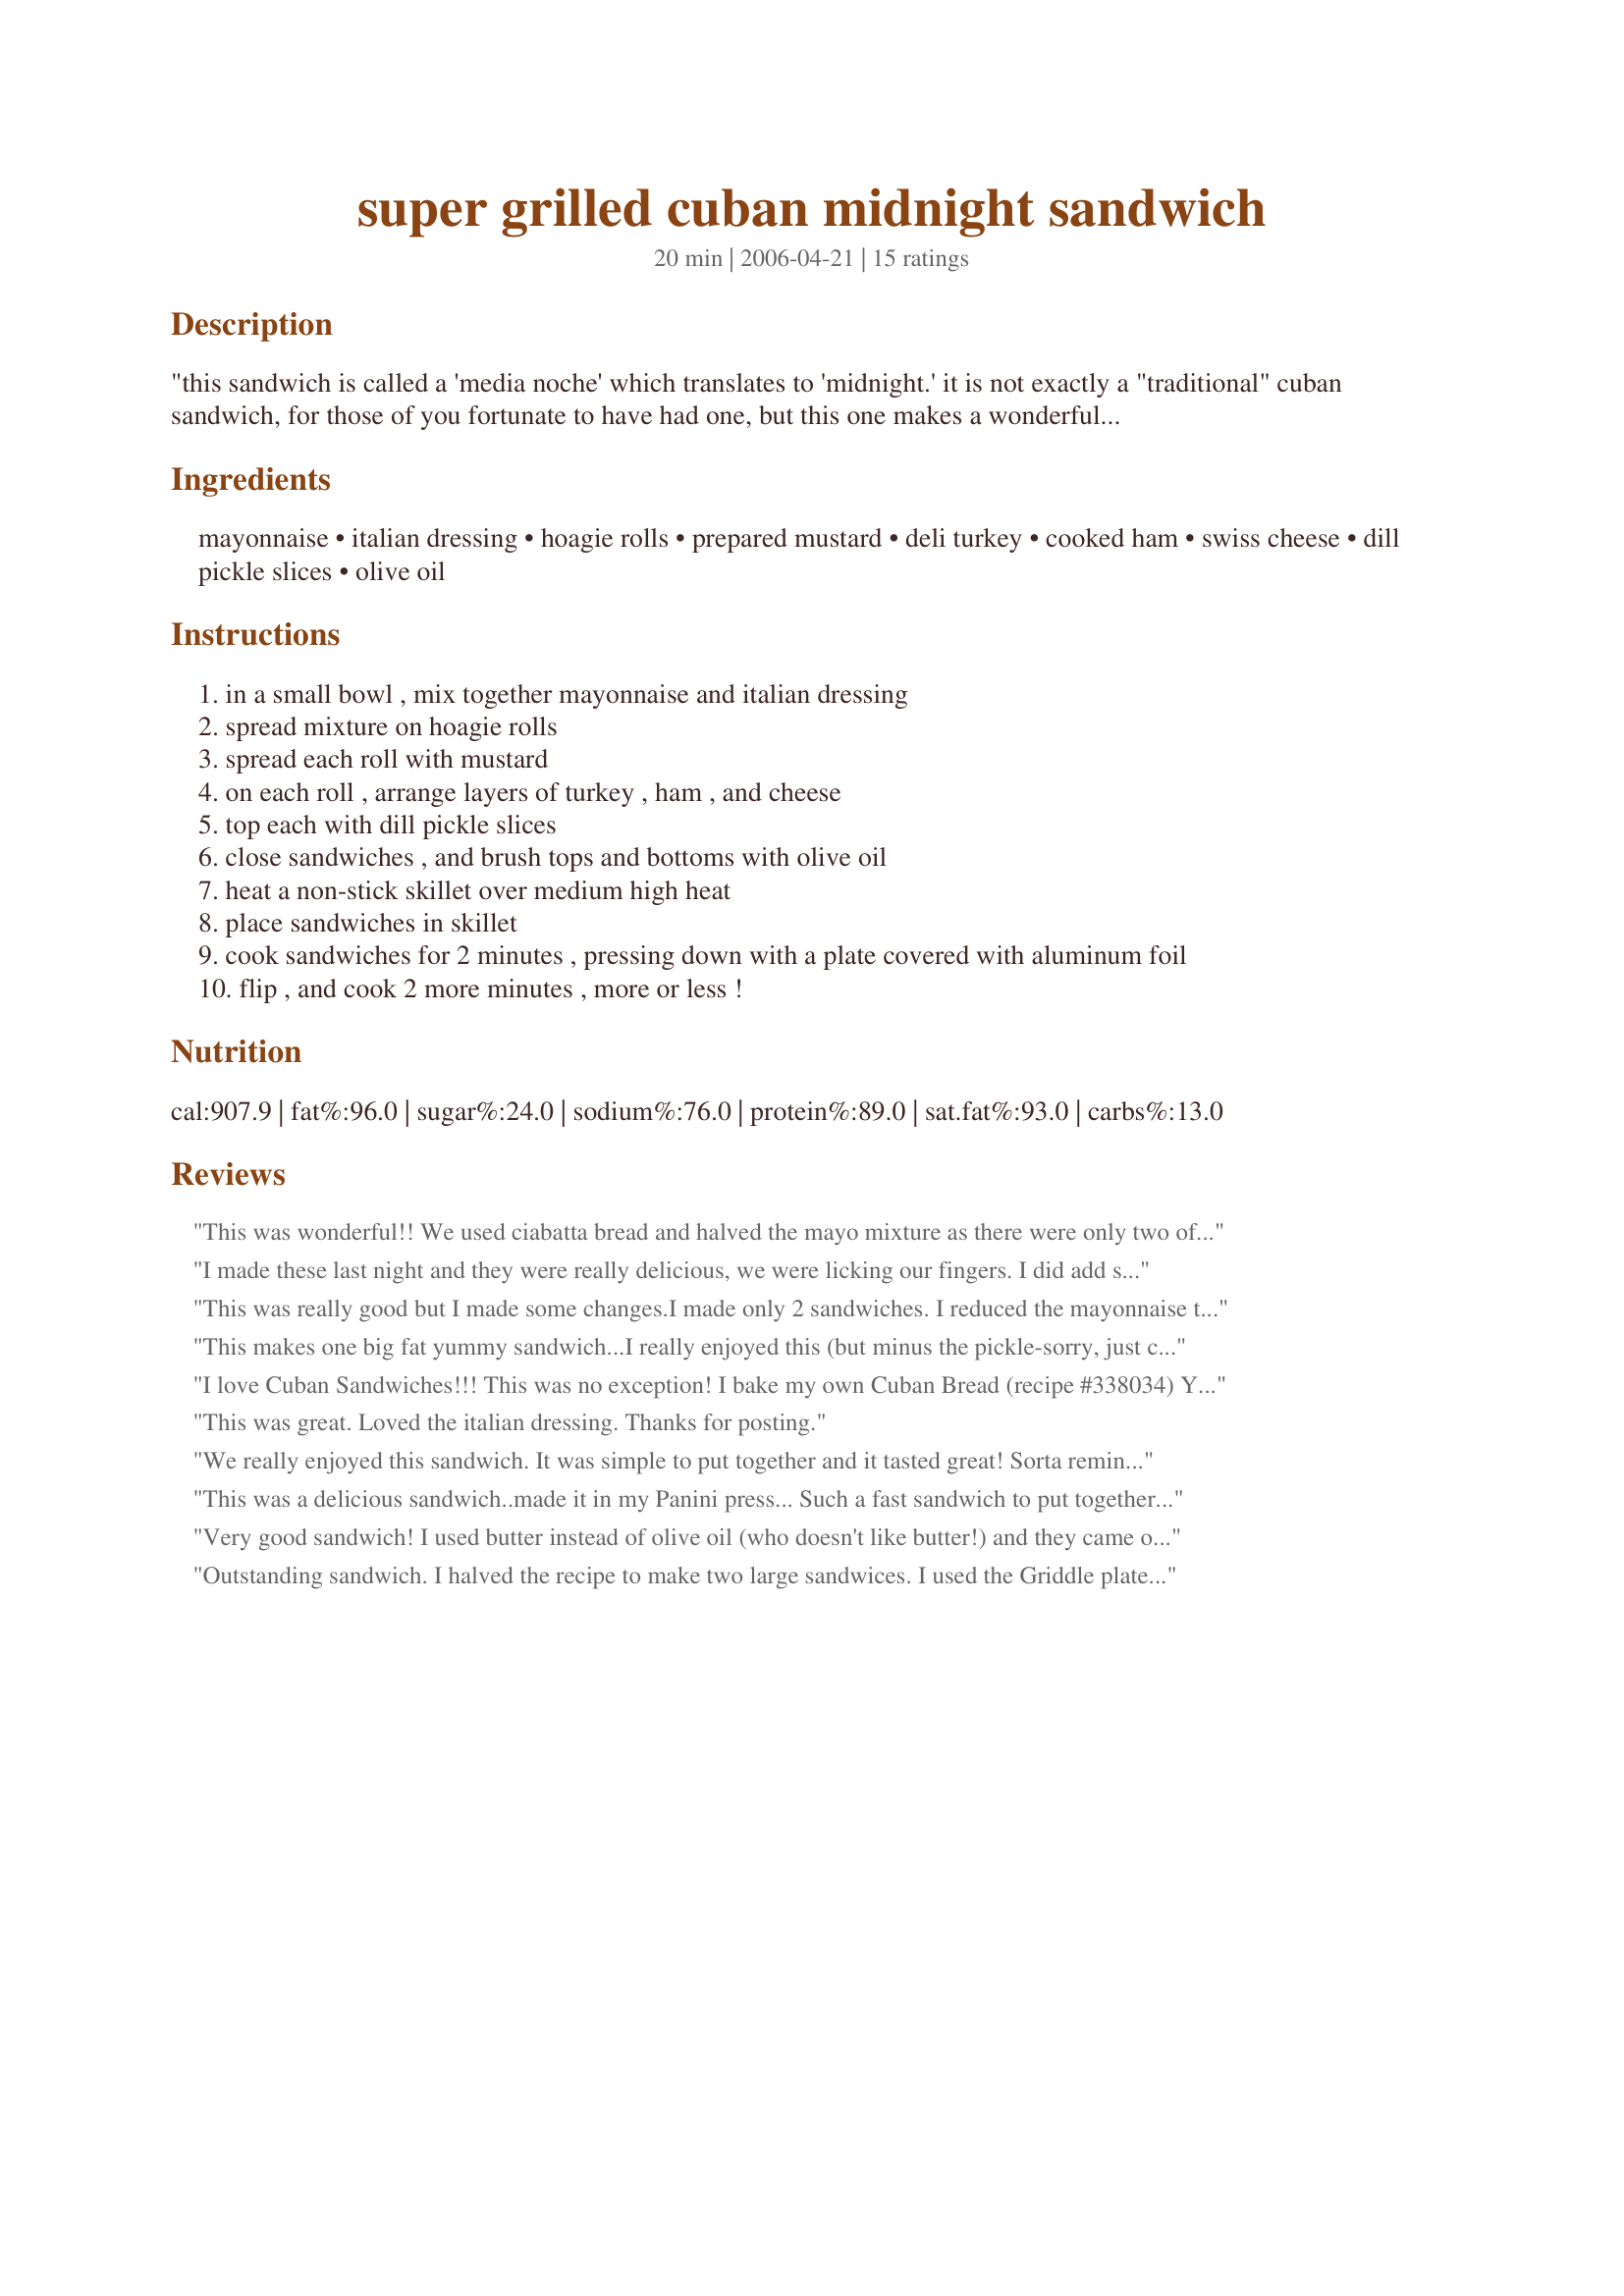
super grilled cuban midnight sandwich
Preparation time: 20 minutes

"this sandwich is called a 'media noche' which translates to 'midnight.' it is not exactly a "traditional" cuban sandwich, for those of you fortunate to have had one, but this one makes a wonderful dinner sandwich because it is served hot. a nice side dish is black bean soup or black beans and rice, and plantain chips. cooks note: bust out your foreman grill, or panini press!
please note: this is an adopted recipe and i hope to make it soonest. if you make it before i do, i would appreciate feedback, thanks ! zwt region: cuba.

Ingredients:
mayonnaise, italian dressing, hoagie rolls, prepared mustard, deli turkey, cooked ham, swiss cheese, dill pickle slices, olive oil

Steps:
in a small bowl , mix together mayonnaise and italian dressing
spread mixture on hoagie rolls
spread each roll with mustard
on each roll , arrange layers of turkey , ham , and cheese
top each with dill pickle slices
close sandwiches , and brush tops and bottoms with olive oil
heat a non-stick skillet over medium high heat
place sandwiches in skillet
cook sandwiches for 2 minutes , pressing down with a plate covered with aluminum foil
flip , and cook 2 more minutes , more or less !

Reviews:
This was wonderful!! We used ciabatta bread and halved the mayo mixture as there were only two of us. Also used colby jack cheese as DH doesn't like swiss. But this had a great flavor and was so easy to fix! We will definitely be making these again...and again...and again!
I made these last night and they were really delicious, we were licking our fingers. I did add some salami slices to the meat.
This was really good but I made some changes.I made only 2 sandwiches. I reduced the mayonnaise to 2 Tblsp as well as the Italian dressing, then just enough olive oil to brush the buns.
I cooked on my Cuisinart Griddler and it came out just like a 'Cuban Midnight Sandwich'.Fantastico!
Thanks for posting I made this for the WT3.
This makes one big fat yummy sandwich...I really enjoyed this (but minus the pickle-sorry, just can't do it!!).<br/>The mayo/dressing/mustard combo is very tasty and really compliments the ham,turkey and cheese.<br/>Delicious!!<br/>Thanks kiwi-made for PRMR.
I love Cuban Sandwiches!!! This was no exception! I bake my own Cuban Bread (recipe #338034) Yummy!!!! I will make these often! Thanks kiwi! Made for 2009 Spring PAC
This was great. Loved the italian dressing. Thanks for posting.
We really enjoyed this sandwich. It was simple to put together and it tasted great! Sorta reminds me of a Ham and Swiss melt, but with a bit more to it. We used a foreman to press our sandwich and though it didn't give such lovely grill marks it worked out well. We took the advice of others and cut back on the measurements and sorta eyeballed it more to what we'd normally put on a sandwich and we only made two of them. My husband claims he has been making them like this for years, but I say they were only similar. Definately a keeper!
This was a delicious sandwich..made it in my Panini press... Such a fast sandwich to put together too...I made it in the morning and wrapped in plastic wrap and brought to work to heat up in Panini press. I cut the recipe in half since we were only 2....but I also cut back on the mayo, Italian dressing... 1/2 cup is way too much for just 2 hoagies..so just eyeballed it and it was about 1/4 amount of the full recipe...It was a very yummy sandwich and very filling....just had a great salad on the side Recipe #407949 . Both went so well together. The pickle added a very nice crunch to the sandwich. Will be making this one again...thanks for sharing your recipe kiwidutch
Very good sandwich! I used butter instead of olive oil (who doesn't like butter!) and they came out great. I have made these twice already in a week and that is rare. The second time I made with regular white sandwhich and wheat bread because I was out of hogie rolls and they came out really good also. Thanks for posting!
Outstanding sandwich. I halved the recipe to make two large sandwices. I used the Griddle plates for my Griddler to toast and flatten the bread a bit. I did end up with some extra mayo mixture, and will use less next time. My guys particularly loved this sandwich. Thanks for posting it.
This was great and the whole family loved it. I took another reviewer's advice and reduced the amount of mayonnaise by half. I will be preparing this again. Thanks for posting.
What's not to like about these sandwiches? They are delicious! I made these in my George Foreman Grill and they came out perfectly. So yummy. I made it with my own homemade Italian dressing. I left off the pickles on one since my DH does not like pickles on his sandwiches. They are very filling, too, so they do make a nice dinner!
These taste great! We make these every few weeks now. Reduced the mayo by half, & we use all different tyes of bread (sourdough or ciabatta rolls always turn out good).
These are fabulous! Such a great way to get the taste of a Cuban without all the effort. We will be making these again and again. Thanks for posting!
DE-LISH! All of us loved these and had them several days that week - LOL. I didn't use these measurements - just piled the ingredients on the bread individually based on what looked good to us then heated on a stove top grill pan. Also, added some red onions.
